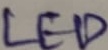
Text: LED